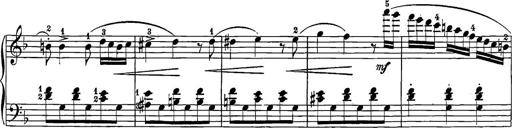
Title: 12 Sonatine per Pianoforte
Composer: Friedrich Kuhlau